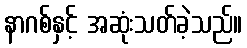
နာဂစ်နှင့် အဆုံးသတ်ခဲ့သည်။